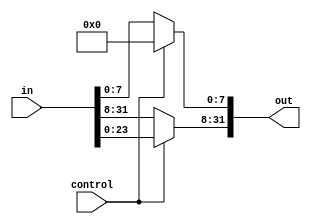
module shift_log_left_8(out, in, control);
    input [31:0] in;
    input control;
    output [31:0] out;

    assign out[7:0] = control ? 8'b00000000 : in[7:0];
    assign out[31:8] = control ? in[23:0] : in[31:8];
endmodule